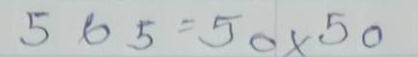
565 = 50 x 50